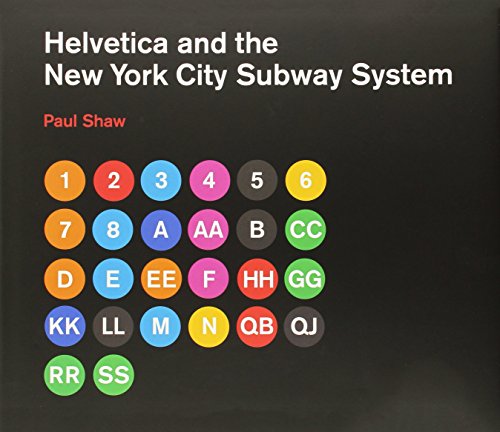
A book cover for Helvetica and the New York City Subway System: The True (Maybe) Story; Paul Shaw; Engineering & Transportation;